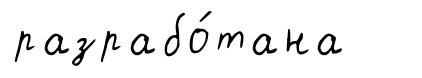
разрабо́тана